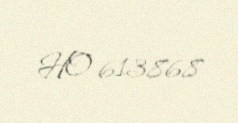
HO-613868